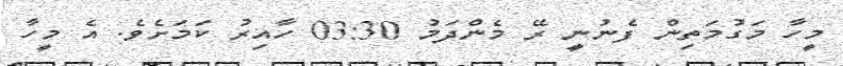
މީހާ މަގުމަތިން ފެނުނީ ރޭ މެންދަމު 03:30 ހާއިރު ކަމަށެވެ. އެ މީހާ